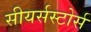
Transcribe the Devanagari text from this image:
सीयर्सस्‍टोर्स